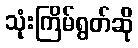
သုံးကြိမ်ရွတ်ဆို